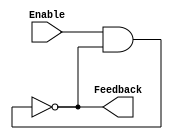
`timescale 1ns / 1ps

module Oscillator(
    input Enable,
    output Feedback
    );
	 
	 wire w;
	 
	 and T1(w, Enable, Feedback);
	 not #5 T2(Feedback, w);


endmodule